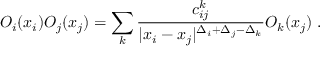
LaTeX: { \cal O } _ { i } ( x _ { i } ) { \cal O } _ { j } ( x _ { j } ) = \sum _ { k } { \frac { c _ { i j } ^ { k } } { | x _ { i } - x _ { j } | ^ { \Delta _ { i } + \Delta _ { j } - \Delta _ { k } } } } { \cal O } _ { k } ( x _ { j } ) \; .